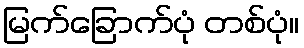
မြက်ခြောက်ပုံ တစ်ပုံ။